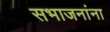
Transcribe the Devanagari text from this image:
सभाजनांना